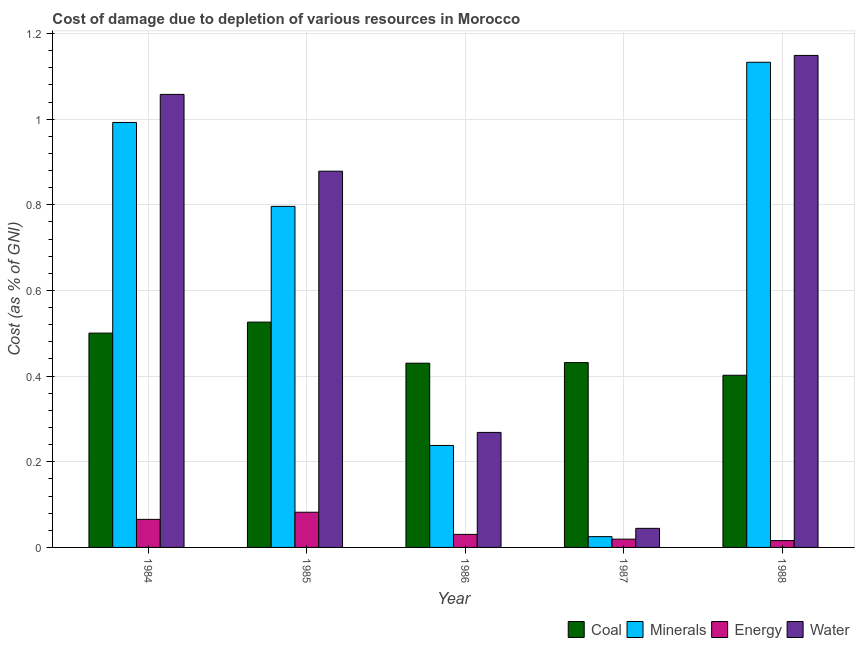
| Year | Coal | Minerals | Energy | Water |
 | --- | --- | --- | --- | --- |
 | 1984 | 0.5 | 0.992 | 0.0655 | 1.06 |
 | 1985 | 0.526 | 0.796 | 0.0822 | 0.879 |
 | 1986 | 0.43 | 0.238 | 0.0304 | 0.269 |
 | 1987 | 0.432 | 0.0252 | 0.0193 | 0.0445 |
 | 1988 | 0.402 | 1.13 | 0.016 | 1.15 |